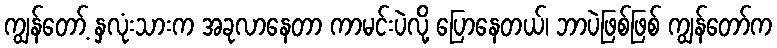
ကျွန်တော့် နှလုံးသားက အခုလာနေတာ ကာမင်းပဲလို့ ပြောနေတယ်၊ ဘာပဲဖြစ်ဖြစ် ကျွန်တော်က